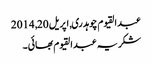
عبدالقیوم چوہدری, ‏اپریل 20, 2014
شکریہ عبدالقیوم بھائی۔